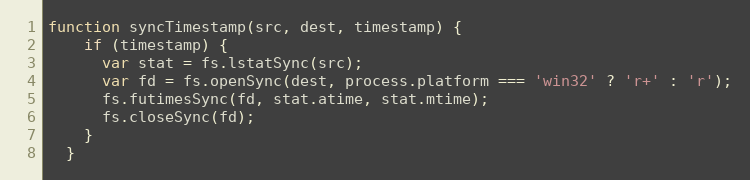
Language: JavaScript
function syncTimestamp(src, dest, timestamp) {
    if (timestamp) {
      var stat = fs.lstatSync(src);
      var fd = fs.openSync(dest, process.platform === 'win32' ? 'r+' : 'r');
      fs.futimesSync(fd, stat.atime, stat.mtime);
      fs.closeSync(fd);
    }
  }